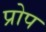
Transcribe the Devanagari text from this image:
प्रोप